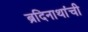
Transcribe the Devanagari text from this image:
ब्रदिनाथांची